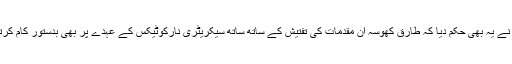
سپریم کورٹ نے یہ بھی حکم دیا کہ طارق کھوسہ ان مقدمات کی تفتیش کے ساتھ ساتھ سیکریٹری نارکوٹیکس کے عہدے پر بھی بدستور کام کرتے رہیں گے۔